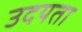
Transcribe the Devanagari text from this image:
उदयता